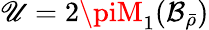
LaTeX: \mathscr{U}=2\piM_{1}(\mathcal{{B}}_{\bar{{\rho}}})